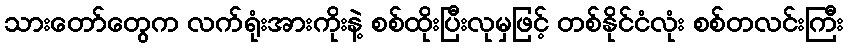
သားတော်တွေက လက်ရုံးအားကိုးနဲ့ စစ်ထိုးပြီးလုမှဖြင့် တစ်နိုင်ငံလုံး စစ်တလင်းကြီး